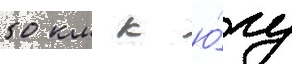
50 км к ю́гу